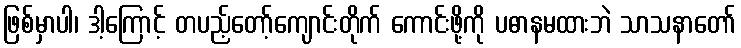
ဖြစ်မှာပါ၊ ဒါ့ကြောင့် တပည့်တော့်ကျောင်းတိုက် ကောင်းဖို့ကို ပဓာနမထားဘဲ သာသနာတော်